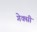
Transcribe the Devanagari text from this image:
गेक्सी